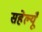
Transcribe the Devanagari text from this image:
सहेल्यूँ